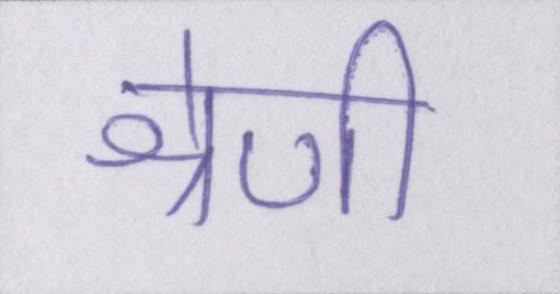
श्रेणी